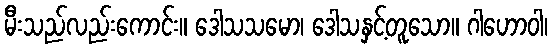
မီးသည်လည်းကောင်း။ ဒေါသသမော၊ ဒေါသနှင့်တူသော။ ဂါဟောဝါ၊